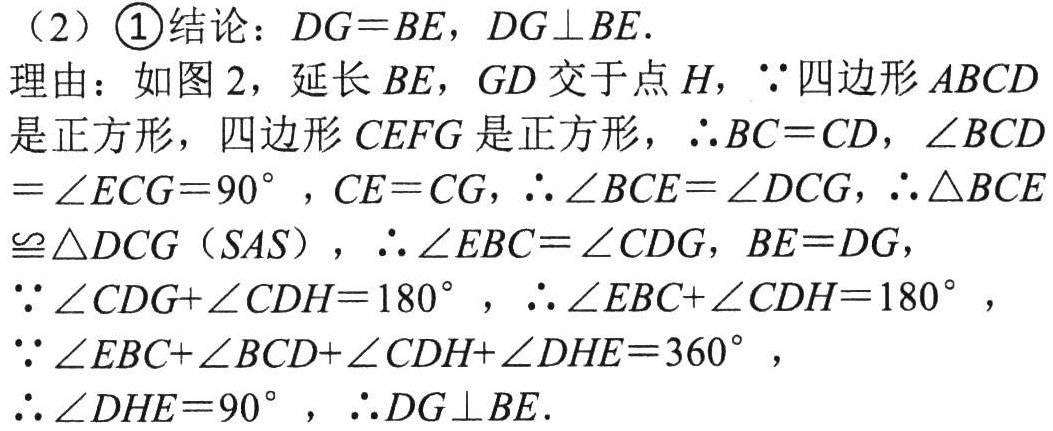
（2）\textcircled{1}结论：$DG = BE$，$DG\perp BE$.
理由：如图 2，延长$BE$，$GD$交于点$H$，$\because$四边形$ABCD$是正方形，四边形$CEFG$是正方形，$\therefore BC = CD$，$\angle BCD=\angle ECG = 90^{\circ}$，$CE = CG$，$\therefore\angle BCE=\angle DCG$，$\therefore\triangle BCE\cong\triangle DCG$（$SAS$），$\therefore\angle EBC=\angle CDG$，$BE = DG$，
$\because\angle CDG+\angle CDH = 180^{\circ}$，$\therefore\angle EBC+\angle CDH = 180^{\circ}$，
$\because\angle EBC+\angle BCD+\angle CDH+\angle DHE = 360^{\circ}$，
$\therefore\angle DHE = 90^{\circ}$，$\therefore DG\perp BE$.